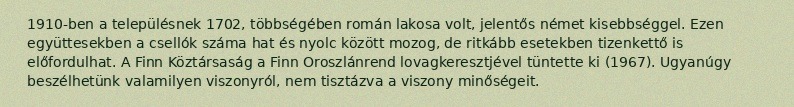
1910-ben a településnek 1702, többségében román lakosa volt, jelentős német kisebbséggel. Ezen együttesekben a csellók száma hat és nyolc között mozog, de ritkább esetekben tizenkettő is előfordulhat. A Finn Köztársaság a Finn Oroszlánrend lovagkeresztjével tüntette ki (1967). Ugyanúgy beszélhetünk valamilyen viszonyról, nem tisztázva a viszony minőségeit.